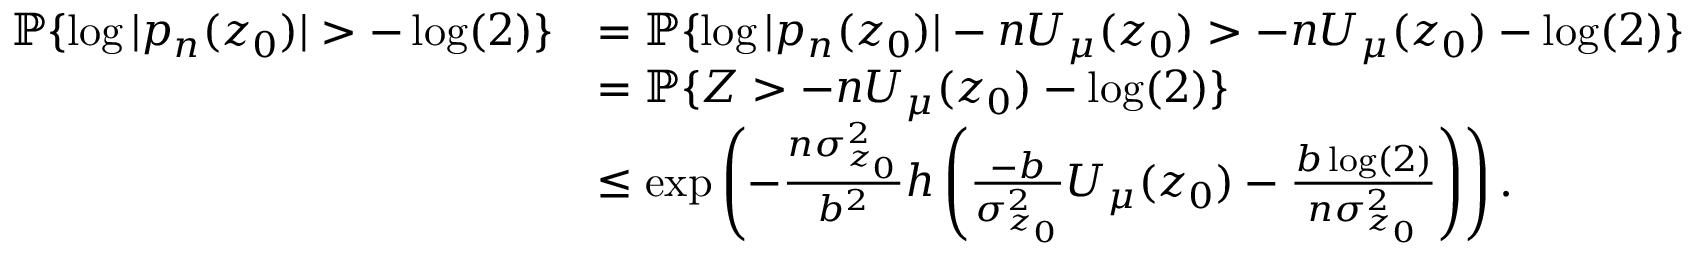
\begin{array} { r l } { \mathbb { P } \{ \log | p _ { n } ( z _ { 0 } ) | > - \log ( 2 ) \} } & { = \mathbb { P } \{ \log | p _ { n } ( z _ { 0 } ) | - n U _ { \mu } ( z _ { 0 } ) > - n U _ { \mu } ( z _ { 0 } ) - \log ( 2 ) \} } \\ & { = \mathbb { P } \{ Z > - n U _ { \mu } ( z _ { 0 } ) - \log ( 2 ) \} } \\ & { \leq \exp \left( - \frac { n \sigma _ { z _ { 0 } } ^ { 2 } } { b ^ { 2 } } h \left( \frac { - b } { \sigma _ { z _ { 0 } } ^ { 2 } } U _ { \mu } ( z _ { 0 } ) - \frac { b \log ( 2 ) } { n \sigma _ { z _ { 0 } } ^ { 2 } } \right) \right) . } \end{array}